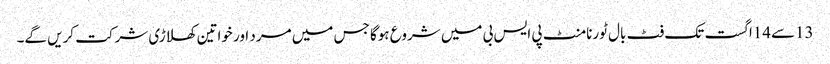
13سے14اگست تک فٹ بال ٹورنامنٹ پی ایس بی میں شروع ہوگا جس میں مرد اور خواتین کھلاڑی شرکت کریں گے۔